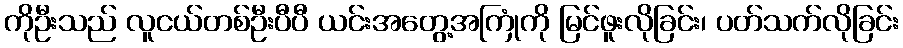
ကိုဦးသည် လူငယ်တစ်ဦးပီပီ ယင်းအတွေ့အကြုံကို မြင်ဖူးလိုခြင်း၊ ပတ်သက်လိုခြင်း